Problem: 13 + 29 = ?
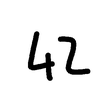
Handwritten answer: 42